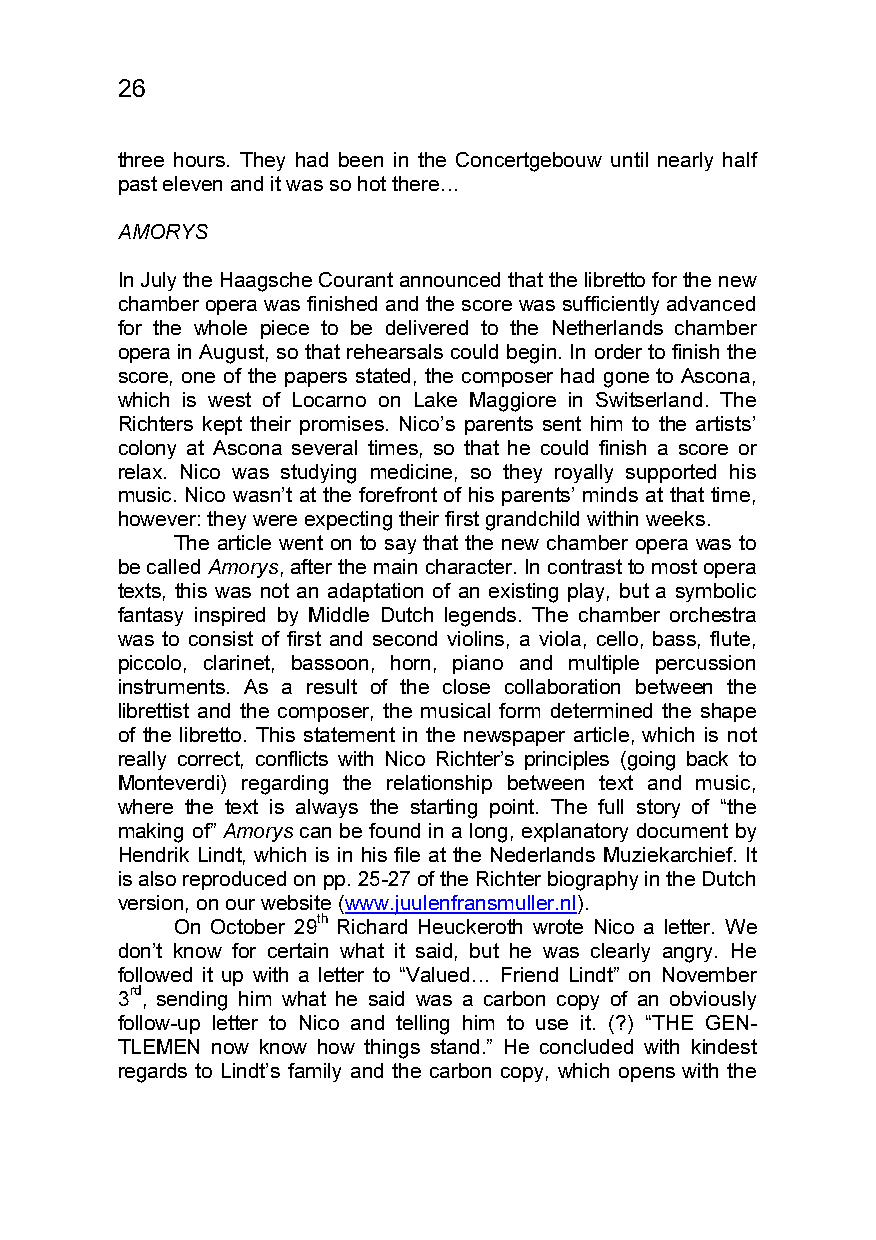
26
 three hours. They had been in the Concertgebouw until nearly half
 past eleven and it was so hot there…
 AMORYS
 In July the Haagsche Courant announced that the libretto for the new
 chamber opera was finished and the score was sufficiently advanced
 for the whole piece to be delivered to the Netherlands chamber
 opera in August, so that rehearsals could begin. In order to finish the
 score, one of the papers stated, the composer had gone to Ascona,
 which is west of Locarno on Lake Maggiore in Switserland. The
 Richters kept their promises. Nico’s parents sent him to the artists’
 colony at Ascona several times, so that he could finish a score or
 relax. Nico was studying medicine, so they royally supported his
 music. Nico wasn’t at the forefront of his parents’ minds at that time,
 however: they were expecting their first grandchild within weeks.
 The article went on to say that the new chamber opera was to
 be called Amorys, after the main character. In contrast to most opera
 texts, this was not an adaptation of an existing play, but a symbolic
 fantasy inspired by Middle Dutch legends. The chamber orchestra
 was to consist of first and second violins, a viola, cello, bass, flute,
 piccolo, clarinet, bassoon, horn, piano and multiple percussion
 instruments. As a result of the close collaboration between the
 librettist and the composer, the musical form determined the shape
 of the libretto. This statement in the newspaper article, which is not
 really correct, conflicts with Nico Richter’s principles (going back to
 Monteverdi) regarding the relationship between text and music,
 where the text is always the starting point. The full story of “the
 making of” Amorys can be found in a long, explanatory document by
 Hendrik Lindt, which is in his file at the Nederlands Muziekarchief. It
 is also reproduced on pp. 25-27 of the Richter biography in the Dutch
 version, on our website (www.juulenfransmuller.nl).
 On October 29th Richard Heuckeroth wrote Nico a letter. We
 don’t know for certain what it said, but he was clearly angry. He
 followed it up with a letter to “Valued… Friend Lindt” on November
 3rd, sending him what he said was a carbon copy of an obviously
 follow-up letter to Nico and telling him to use it. (?) “THE GEN-
 TLEMEN now know how things stand.” He concluded with kindest
 regards to Lindt’s family and the carbon copy, which opens with the